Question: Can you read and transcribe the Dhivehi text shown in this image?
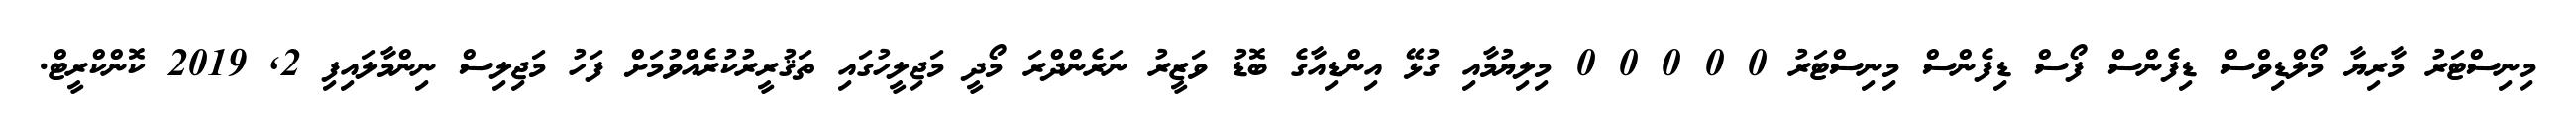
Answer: މިނިސްޓަރު މާރިޔާ މޯލްޑިވްސް ޑިފެންސް ފޯސް ޑިފެންސް މިނިސްޓަރު 0 0 0 0 0 މިލިޔުމާއި ގުޅޭ އިންޑިއާގެ ބޮޑު ވަޒީރު ނަރެންދްރަ މޯދީ މަޖިލީހުގައި ތަޤުރީރުކުރެއްވުމަށް ފަހު މަޖިލިސް ނިންމާލައިފި 2, 2019 ކޮންކްރީޓް.